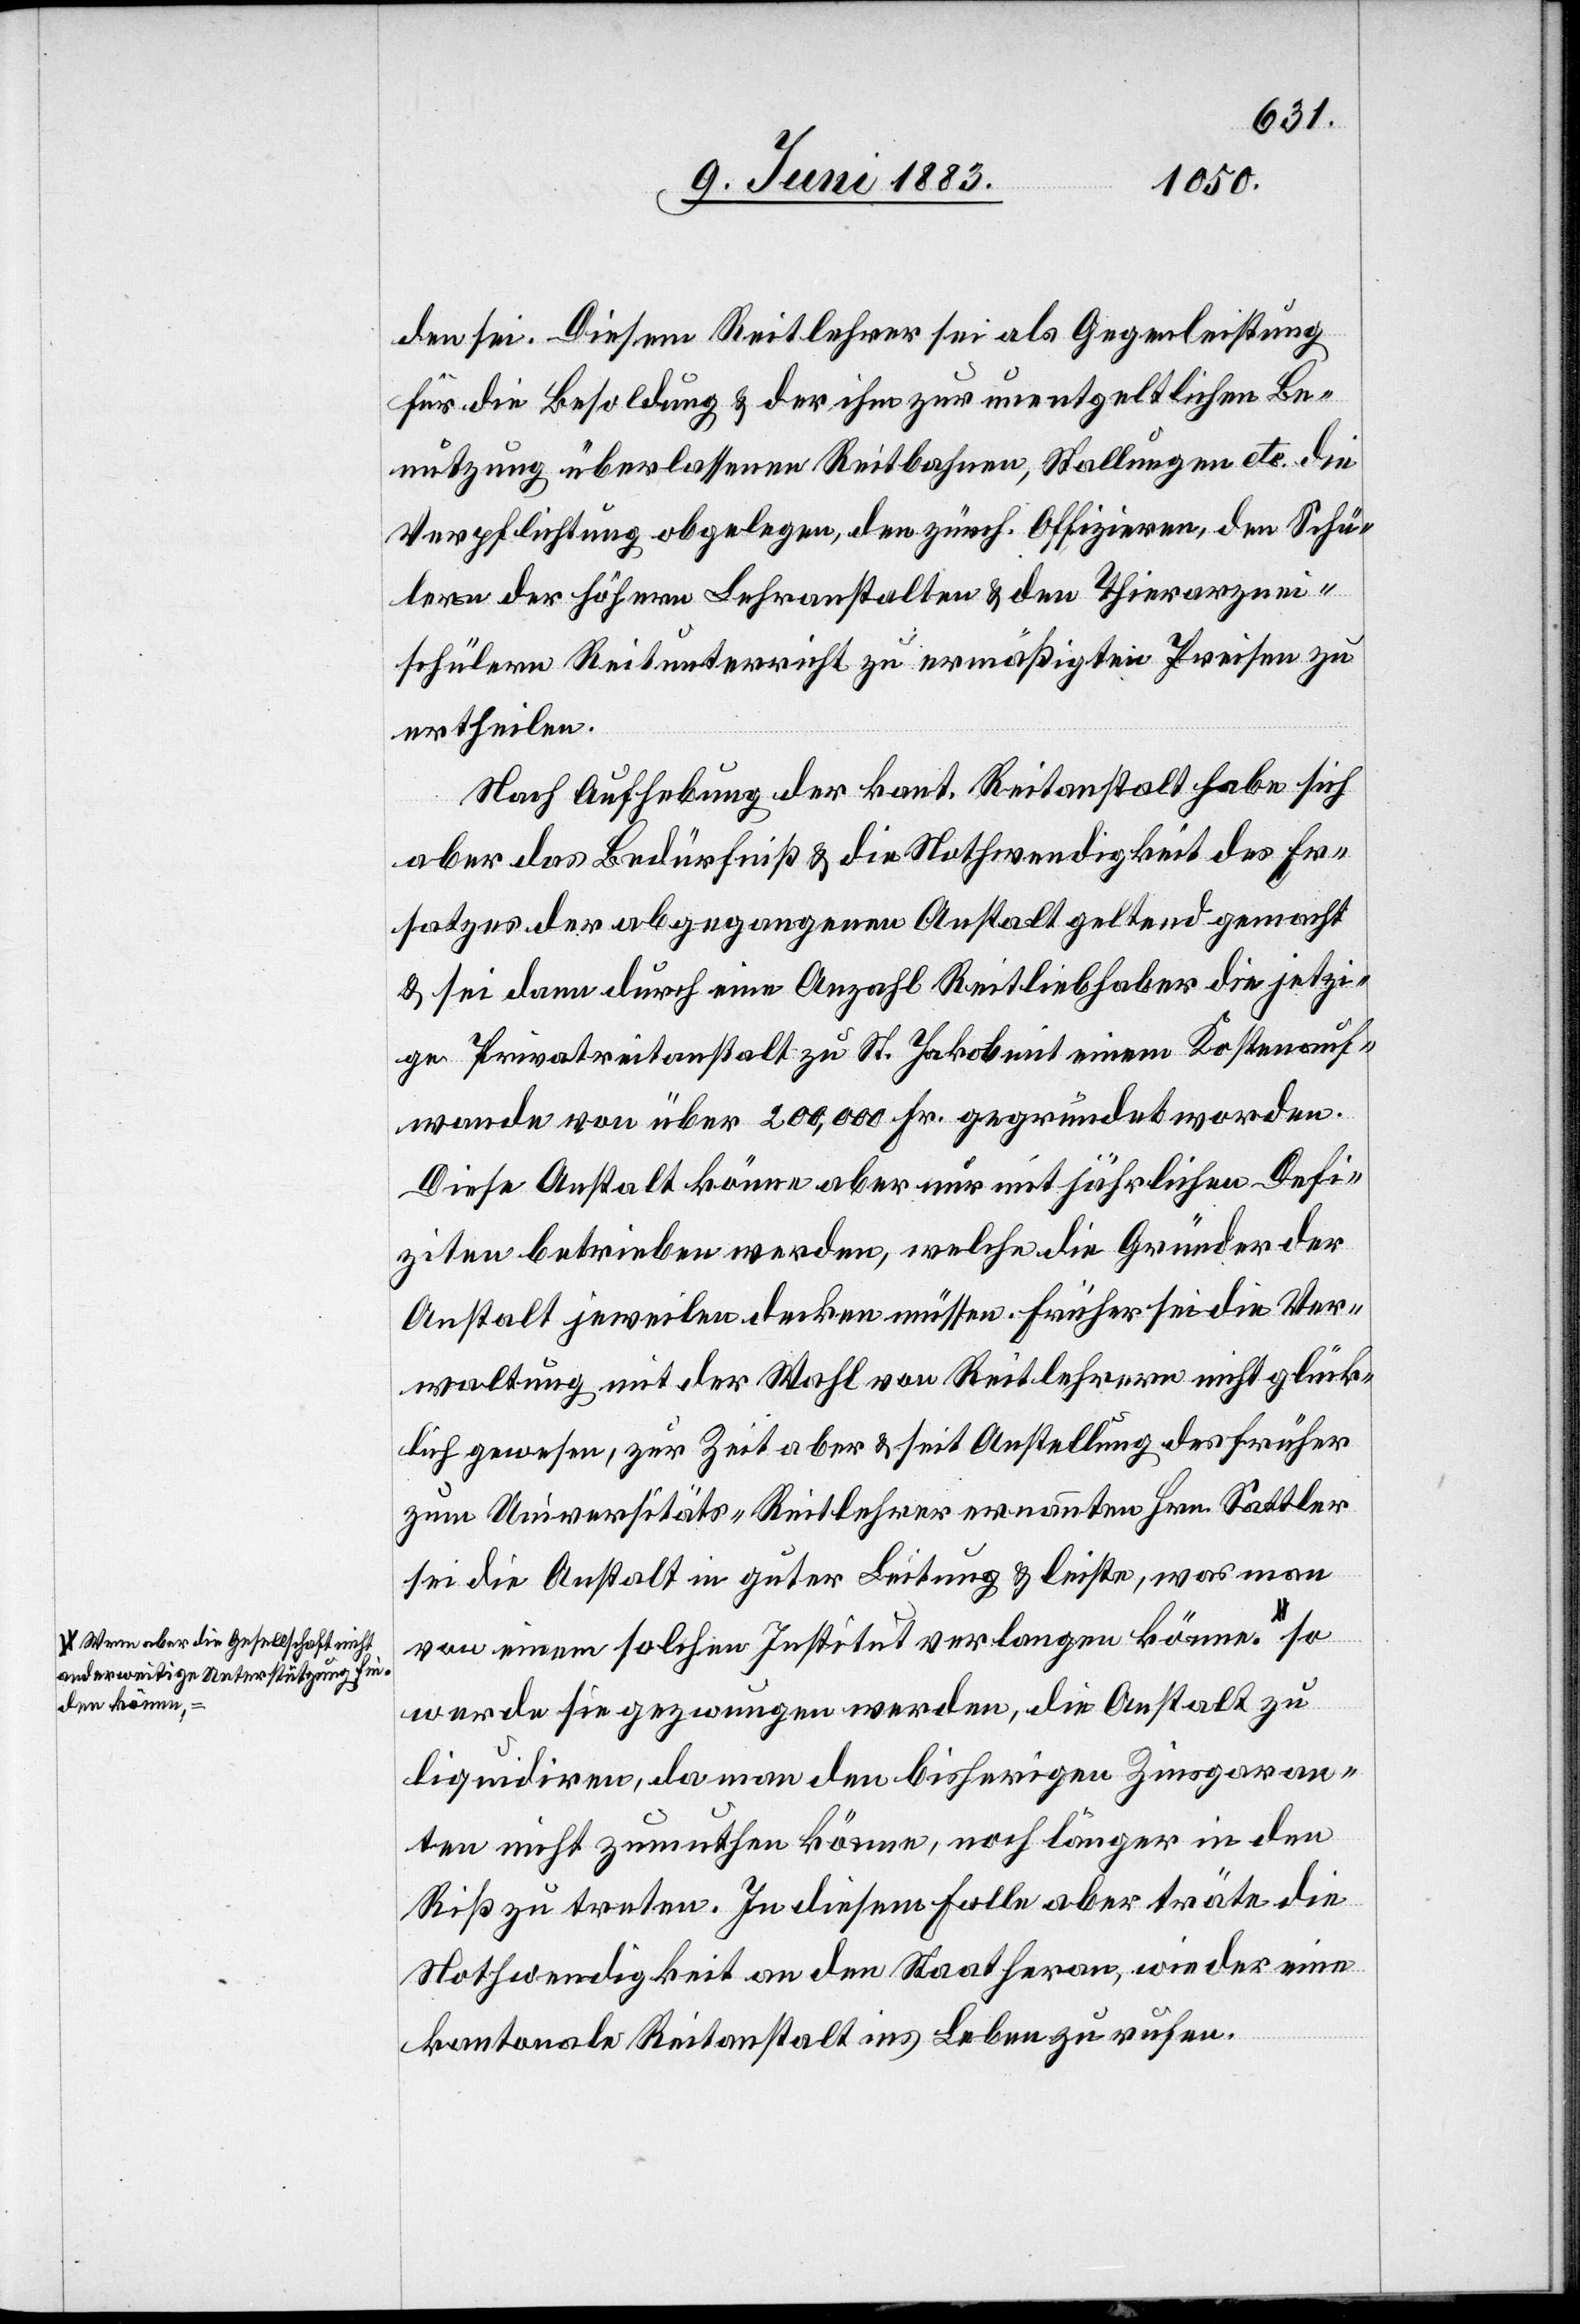
a–Wenn aber die Gesellschaft nicht
anderweitige Unterstützung fin¬
den könne,–a

den sei. Diesen Reitlehrer sei als Gegenleistung
für die Besoldung & der ihm zur unentgeltlichen Be¬
nutzung überlassenen Reitbahnen, Stallungen etc. die
Verpflichtung obgelegen, den zürch. Offiziren, den Schü¬
lern der höhern Lehranstalten & den Thierarznei¬
schülern Reitunterricht zu ermäßigten Preisen zu
ertheilen.
Nach Aufhebung der kant. Reitanstalt habe sich
aber das Bedürfniß & die Nothwendigkeit des Er¬
satzes der abgegangenen Anstalt geltend gemacht
& sei dann durch eine Anzahl Reitliebhaber die jetzi¬
ge Privatreitanstalt zu St. Jakob mit einem Kostenauf¬
wande von über 200,000 Fr. gegründet worden.
Diese Anstalt könne aber nur mit sicherlichen Defi¬
ziten betrieben werden, welche die Gründer der
Anstalt jeweilen decken müssen. Früher sei die Ver¬
waltung mit der Wahl von Reitlehrern nicht glück¬
lich gewesen, zur Zeit aber & seit Anstellung des früher
zum Universitäts-Reitlehrer ernannten Hrn. Sattler
sei die Anstalt in guter Leitung & leiste, was man
von einem solchen Institut verlangen könne.
werde sie gezwungen werden, die Anstalt zu
liquidiren, da man den bisherigen Zinsgaran¬
ten nicht zumuthen könne, noch länger in den
Riß zu treten. In diesem Falle aber träte die
Nothwendigkeit an den Staat heran, wieder eine
kantonale Reitanstalt ins Leben zu rufen.